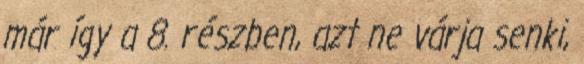
már így a 8. részben, azt ne várja senki,